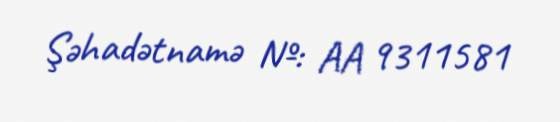
Şəhadətnamə №: AA 9311581